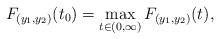
LaTeX: \begin{align*} F_{(y_1, y_2)}(t_{0}) = \max \limits_{ t\in(0,\infty)} F_{(y_1, y_2)}(t),\end{align*}